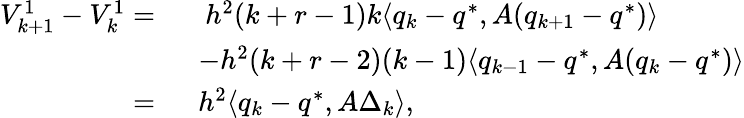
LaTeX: \begin{array}{rl}{V_{k+1}^{1}-V_{k}^{1}=\ }&{\ h^{2}(k+r-1)k\langle q_{k}-q^{*},A(q_{k+1}-q^{*})\rangle}\\ &{-h^{2}(k+r-2)(k-1)\langle q_{k-1}-q^{*},A(q_{k}-q^{*})\rangle}\\ {=\ }&{h^{2}\langle q_{k}-q^{*},A\Delta_{k}\rangle,}\end{array}